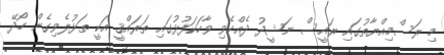
މި ރަސްމިއްޔާތުގައި ރައީސް ނަޝީދު ދެއްކެވި ވާހަކަފުޅުގައި ތަރައްޤީ އަކީ ތަޅުލެވިގެން ހޯދޭ